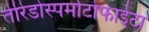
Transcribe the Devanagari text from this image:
तेरिडोस्पर्माटोफाईटा